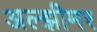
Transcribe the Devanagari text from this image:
अल्झीमर